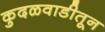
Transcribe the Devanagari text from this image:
कुदळवाडीतून